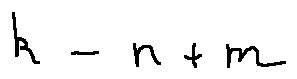
k = n + m